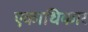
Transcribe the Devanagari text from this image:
एकाधिकार